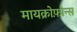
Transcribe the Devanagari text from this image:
मायक्रोफ़ोन्स